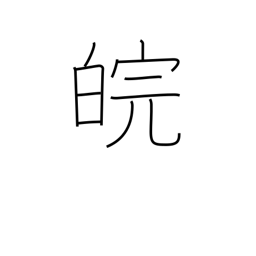
Meaning: Venus